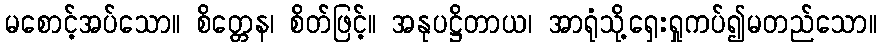
မစောင့်အပ်သော။ စိတ္တေန၊ စိတ်ဖြင့်။ အနုပဋ္ဌိတာယ၊ အာရုံသို့ရှေးရှုကပ်၍မတည်သော။